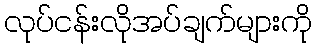
လုပ်ငန်းလိုအပ်ချက်များကို